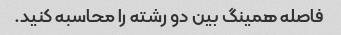
فاصله همینگ بین دو رشته را محاسبه کنید.